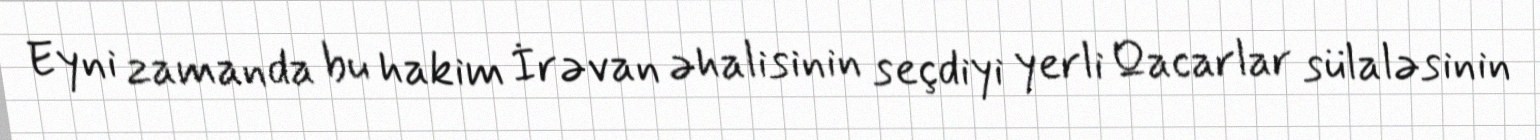
Eyni zamanda bu hakim İrəvan əhalisinin seçdiyi yerli Qacarlar sülaləsinin